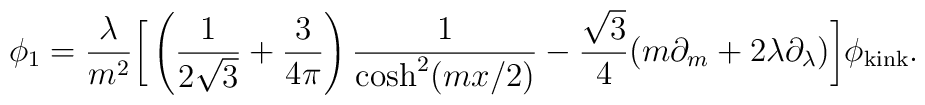
\phi_1=\frac{\lambda}{m^2}{\bigg [ } \left(\frac{1}{2\sqrt{3}}+\frac{3}{4\pi}\right)\frac{1}{\cosh^2(mx/2)}-\frac{\sqrt{3}}{4}(m\partial_m+2\lambda\partial_{\lambda}){\bigg] }\phi_{\rm kink}\\ .